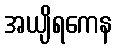
အယျိရကေန